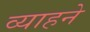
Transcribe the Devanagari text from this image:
व्याहने